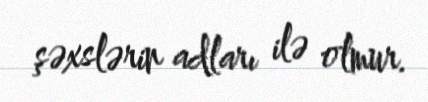
şəxslərin adları ilə olmur.